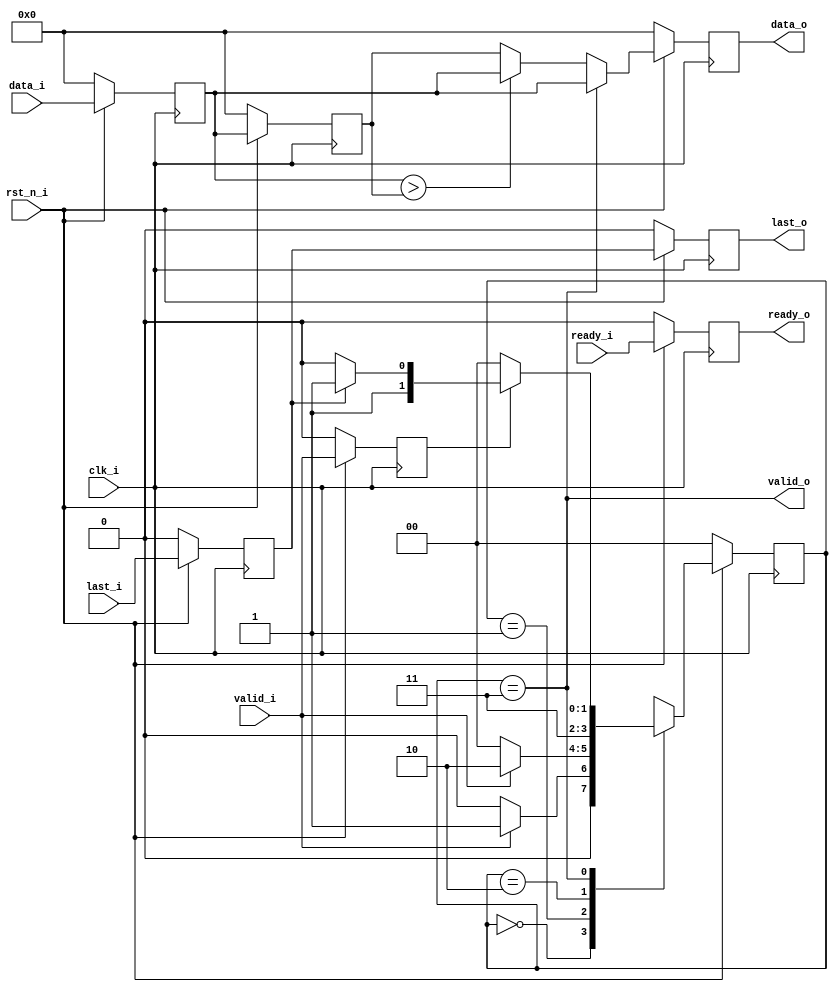
// ============================================================================
// Max Pool
// Design: Eldrick Millares
// Verification: Matthew Pauly
// Notes:
// ============================================================================

module max_pool #(
    parameter BW = 8
) (
    // clock and reset
    input                      clk_i,
    input                      rst_n_i,

    // streaming input
    input  signed [BW - 1 : 0] data_i,
    input                      valid_i,
    input                      last_i,
    output                     ready_o,

    // streaming output
    output signed [BW - 1 : 0] data_o,
    output                     valid_o,
    output                     last_o,
    input                      ready_i
);

    // =========================================================================
    // Output Register Declaratons
    // =========================================================================
    reg signed [BW - 1 : 0] data_q, data_q2, max;
    reg valid_q, valid_q2, valid_q3, last_q, last_q2, ready_q;

    // =========================================================================
    // State Machine
    // =========================================================================
    localparam STATE_IDLE   = 2'd0,
               STATE_LOAD_1 = 2'd1,
               STATE_LOAD_2 = 2'd2,
               STATE_VALID  = 2'd3;
    reg [1:0] state;

    always @(posedge clk_i) begin
        if (!rst_n_i) begin
            state <= STATE_IDLE;
        end else begin
            case(state)
                STATE_IDLE: begin
                    state <= (valid_i) ? STATE_LOAD_1 : STATE_IDLE;
                end
                STATE_LOAD_1: begin
                    state <= (valid_i) ? STATE_LOAD_2 : STATE_IDLE;
                end
                STATE_LOAD_2: begin
                    state <= STATE_VALID;
                end
                STATE_VALID: begin
                    state <= (valid_q) ?
                             ((last_q) ? STATE_VALID : STATE_LOAD_2) :
                             STATE_IDLE;
                end
                default: begin
                end
            endcase
        end
    end

    // register all outputs
    always @(posedge clk_i) begin
        if (!rst_n_i) begin
            valid_q  <= 'b0;
            valid_q2 <= 'b0;
            valid_q3 <= 'b0;
            last_q   <= 'b0;
            last_q2  <= 'b0;
            ready_q  <= 'b0;
            data_q   <= 'b0;
            data_q2  <= 'b0;
            max      <= 'b0;
        end else begin
            valid_q  <= valid_i;
            valid_q2 <= valid_q;
            valid_q3 <= valid_q2;
            last_q   <= last_i;
            last_q2  <= last_q;
            ready_q  <= ready_i;
            data_q   <= data_i;
            data_q2  <= data_q;
            max      <= (state == STATE_VALID) ? 
                          data_q  // if 2 new data are not ready yet just
                                  // output the first one
                          : ((data_q > data_q2) ? data_q : data_q2);
        end
    end


    assign data_o  = max;
    assign valid_o = (state == STATE_VALID);
    assign last_o  = last_q2;
    assign ready_o = ready_q;

    // =========================================================================
    // Simulation Only Waveform Dump (.vcd export)
    // =========================================================================
    `ifdef COCOTB_SIM
    `ifndef SCANNED
    `define SCANNED
    initial begin
        $dumpfile ("wave.vcd");
        $dumpvars (0, max_pool);
        #1;
    end
    `endif
    `endif

endmodule